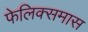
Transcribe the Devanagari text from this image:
फेलिक्समास